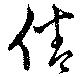
倦